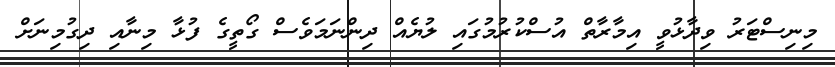
މިނިސްޓަރު ވިދާޅުވީ އިމާރާތް އުސްކުރުމުގައި ލުޔެއް ދިންނަމަވެސް ގޯތީގެ ފުޅާ މިނާއި ދިގުމިނަށް